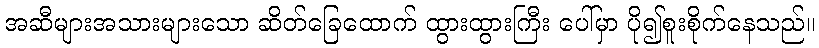
အဆီများအသားများသော ဆိတ်ခြေထောက် ထွားထွားကြီး ပေါ်မှာ ပို၍စူးစိုက်နေသည်။